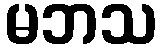
မဘသ